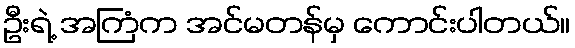
ဦးရဲ့ အကြံက အင်မတန်မှ ကောင်းပါတယ်။